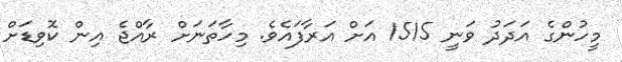
މީހުންގެ އަދަދު ވަނީ 1515 އަށް އަރާފައެވެ. މިހާތަނަށް ރާއްޖެ އިން ކޮވިޑަށް